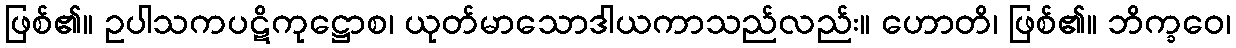
ဖြစ်၏။ ဥပါသကပဋိကုဋ္ဌောစ၊ ယုတ်မာသောဒါယကာသည်လည်း။ ဟောတိ၊ ဖြစ်၏။ ဘိက္ခဝေ၊